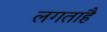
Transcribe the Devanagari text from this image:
लगताहै